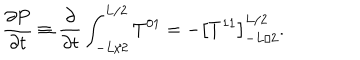
{ \frac { \partial P } { \partial t } } \equiv { \frac { \partial } { \partial t } } \int _ { - L / 2 } ^ { L / 2 } T ^ { 0 1 } = - \left[ T ^ { 1 1 } \right] _ { - L / 2 } ^ { L / 2 } .